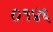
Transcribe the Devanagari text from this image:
०१४६